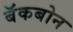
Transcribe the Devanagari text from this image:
बॅकबोन